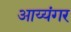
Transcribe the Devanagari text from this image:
अाय्यंगर